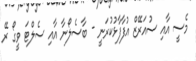
މެސީ އާއި ސުއަރޭޒް އުފާފާޅުކުރަނީ - ބާސެލޯނާ އާއި ސެލްޓަ ވީގޯ ރޭ